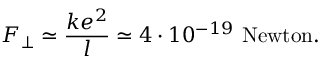
F _ { \perp } \simeq \frac { k e ^ { 2 } } { l } \simeq 4 \cdot 1 0 ^ { - 1 9 } ~ \mathrm { N e w t o n } .